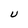
Character: U